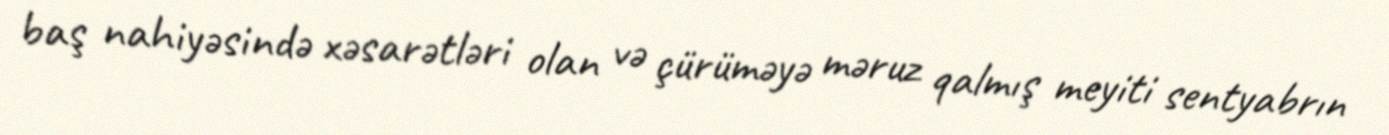
baş nahiyəsində xəsarətləri olan və çürüməyə məruz qalmış meyiti sentyabrın